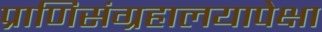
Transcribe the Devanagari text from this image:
प्राणिसंग्रहालयापेक्षा